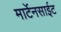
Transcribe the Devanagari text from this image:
मार्टेनसाईट